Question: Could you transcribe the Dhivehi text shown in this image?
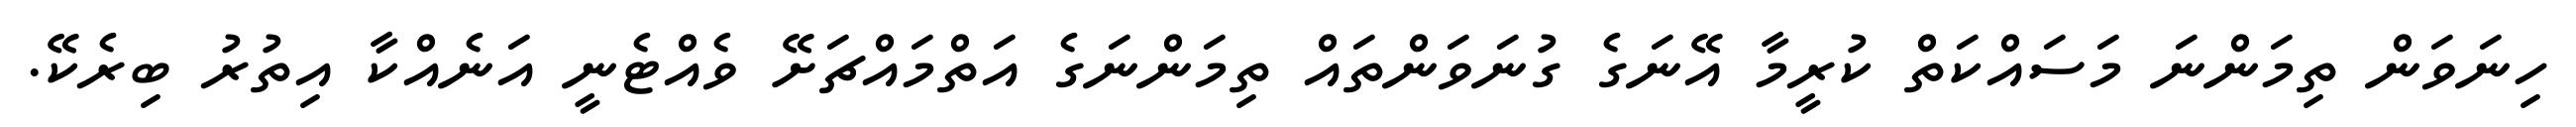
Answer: ހިނަވަން ތިމަންނަ މަސައްކަތް ކުރީމާ އޭނަގެ ގުނަވަންތައް ތިމަންނަގެ އަތްމައްޗަށޭ ވެއްޓެނީ އަނެއްކާ އިތުރު ބިރެކޭ.